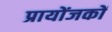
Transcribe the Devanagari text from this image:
प्रायोंजकों